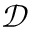
\mathcal { D }